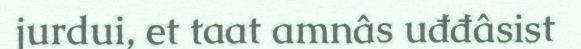
jurdui, et taat amnâs uđđâsist